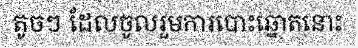
តូចៗ ដែលចូលរួមការបោះឆ្នោតនោះ